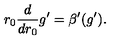
r _ { 0 } \frac { d } { d { r _ { 0 } } } g ^ { \prime } = \beta ^ { \prime } ( g ^ { \prime } ) .